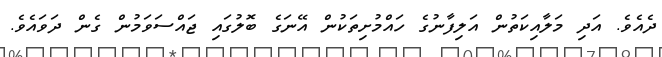
ދެއެވެ. އަދި މަލާއިކަތުން އަލިފާނުގެ ހައްމުށިތަކުން އޭނަގެ ބޮލުގައި ޖައްސަވަމުން ގެން ދަވައެވެ.